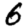
Digit: 6